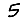
Digit: 5